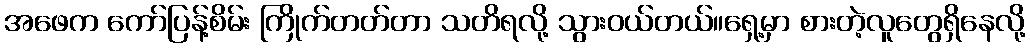
အဖေက ကော်ပြန့်စိမ်း ကြိုက်တတ်တာ သတိရလို့ သွားဝယ်တယ်။ရှေ့မှာ စားတဲ့လူတွေရှိနေလို့